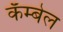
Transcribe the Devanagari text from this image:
कॅम्बेल